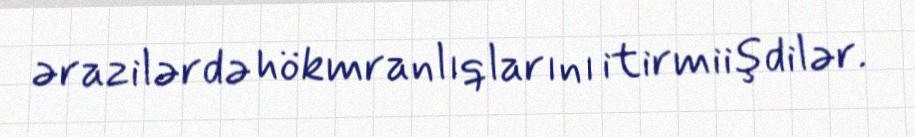
ərazilərdə hökmranlıqlarını itirmiişdilər.